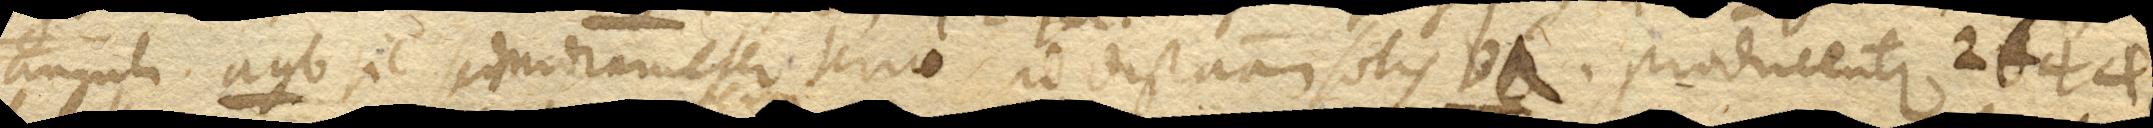
anguli agb. sic semidiameter terrae ad distantiam solis ba. producentur 2644.